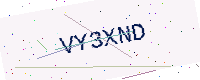
Text: VY3XND